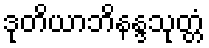
ဒုတိယာဘိနန္ဒသုတ္တံ